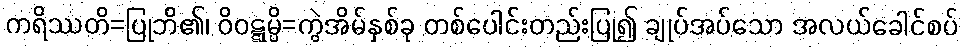
ကရိဿတိ=ပြုဘိ၏၊ ဝိဝဋ္ဋမ္ပိ=ကွဲအိမ်နှစ်ခု တစ်ပေါင်းတည်းပြု၍ ချုပ်အပ်သော အလယ်ခေါင်စပ်